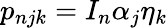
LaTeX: p_{njk}=I_{n}\alpha_{j}\eta_{k}